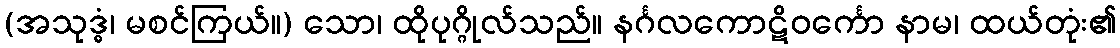
(အသုဒ္ဓံ၊ မစင်ကြယ်။) သော၊ ထိုပုဂ္ဂိုလ်သည်။ နင်္ဂလကောဋိဝင်္ကော နာမ၊ ထယ်တုံး၏